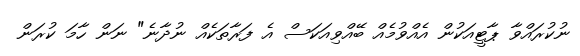
ނުކުރައްވާ ޕާޓީއަކުން އެއްވުމެއް ބޭއްވިއަކަސް އެ ފަރާތަކެއް ނުދާނެ" ނަން ހާމަ ކުރަން